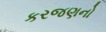
કરજણનો